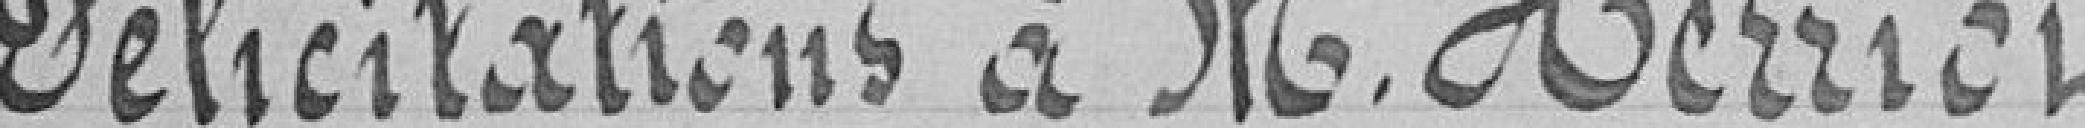
Félicitations à M. Herriet